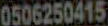
0506250415